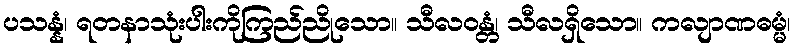
ပသန္နံ၊ ရတနာသုံးပါးကိုကြည်ညိုသော။ သီလဝန္တံ၊ သီလရှိသော။ ကလျာဏဓမ္မံ၊